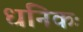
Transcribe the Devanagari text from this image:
धनिकः